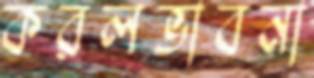
করলভাবনা